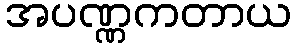
အပဏ္ဏကတာယ